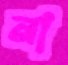
না